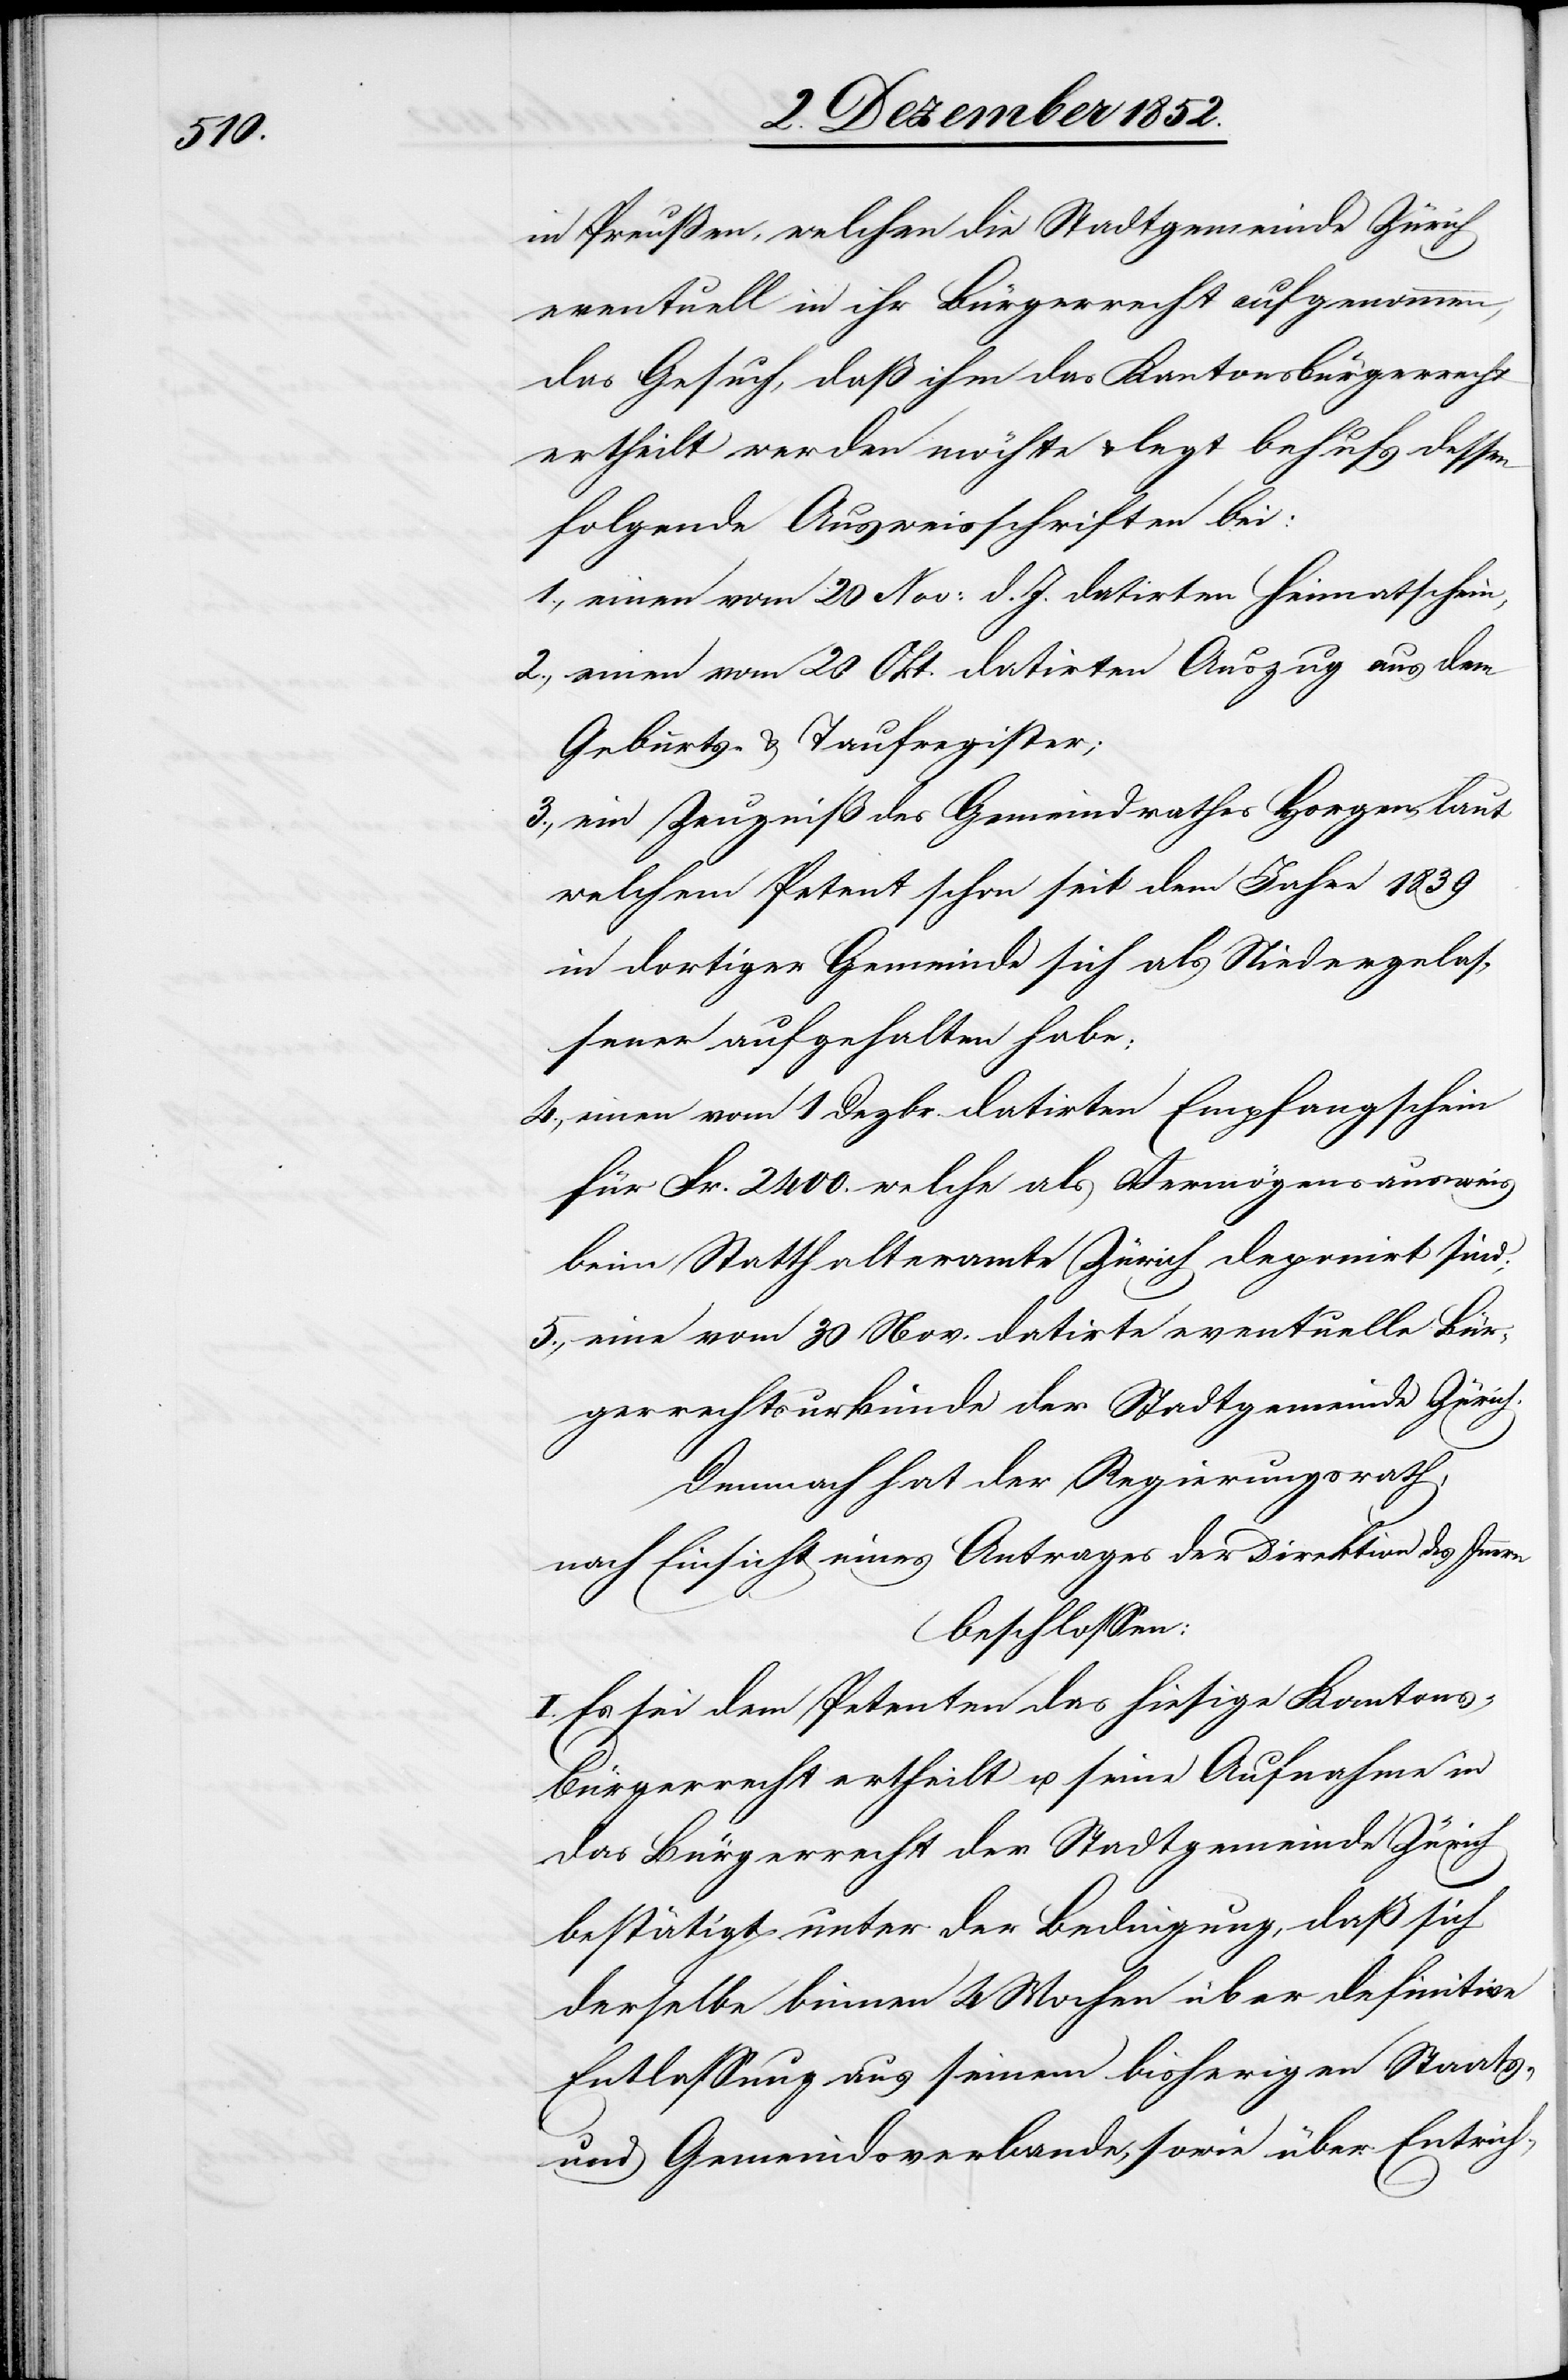
in Preußen, welchen die Stadtgemeinde Zürich
eventuell in ihr Bürgerrecht aufgenommen,
das Gesuch, daß ihm das Kantonsbürgerrecht
ertheilt werden möchte & legt behufs dessen
folgende Ausweisschriften bei:
einen vom 20 Nov: d. J. datirten Heimatschein,
einen vom 20 Okt. datirten Auszug aus dem
Geburts- & Taufregister;
ein Zeugniß des Gemeindrathes Horgen, laut
welchem Petent schon seit dem Jahre 1839
in dortiger Gemeinde sich als Niedergelas¬
sener aufgehalten habe;
einen vom 1 Dezbr. datirten Empfangschein
für Fr. 2400. welche als Vermögensausweis
beim Statthalteramte Zürich deponirt sind;
eine vom 30 Nov. datirte eventuelle Bür¬
gerrechtsurkunde der Stadtgemeinde Zürich.
Demnach hat der Regierungsrath,
nach Einsicht eines Antrages der Direktion des Innern
beschlossen:
I. Es sei dem Petenten das hiesige Kantons¬
bürgerrecht ertheilt u. seine Aufnahme in
das Bürgerrecht der Stadtgemeinde Zürich
bestätigt unter der Bedingung, daß sich
derselbe binnen 4 Wochen über definitive
Entlassung aus seinem bisherigen Staats-
und Gemeindsverbande, sowie über Entrich-